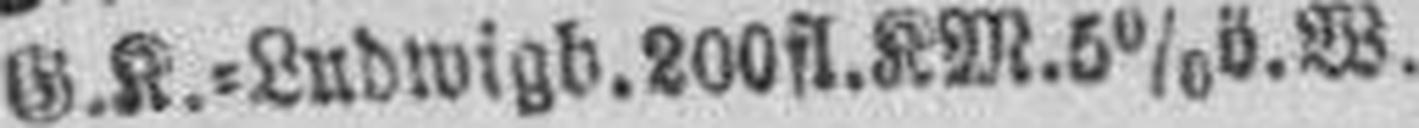
G.K.=Ludwigb. 200 fl. K M. 5% ö. W.